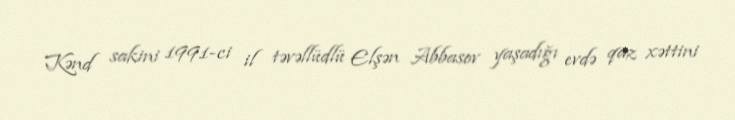
Kənd sakini 1991-ci il təvəllüdlü Elşən Abbasov yaşadığı evdə qaz xəttini